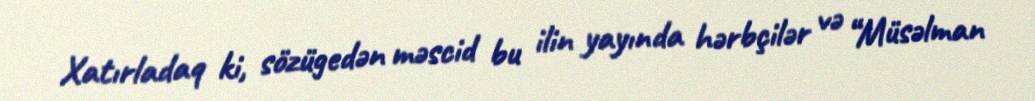
Xatırladaq ki, sözügedən məscid bu ilin yayında hərbçilər və “Müsəlman